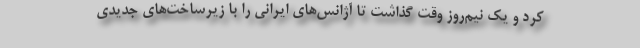
کرد و یک نیم‌روز وقت گذاشت تا آژانس‌های ایرانی را با زیرساخت‌های جدیدی